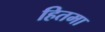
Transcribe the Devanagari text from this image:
हितमा